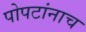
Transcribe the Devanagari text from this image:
पोपटांनाच